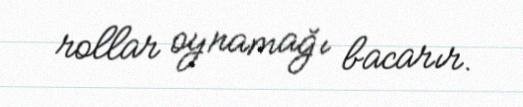
rollar oynamağı bacarır.